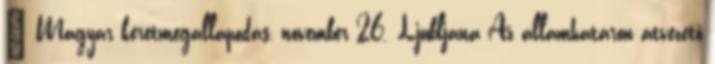
– Magyar keretmegállapodás, november 26. Ljubljana Az államhatáron átvezető